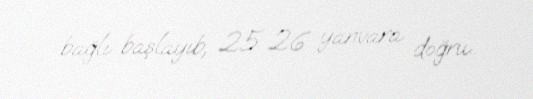
bağlı başlayıb, 25-26 yanvara doğru..